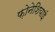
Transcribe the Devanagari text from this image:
फ़ोनेशियाई